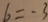
6 = - 3